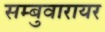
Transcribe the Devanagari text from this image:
सम्बुवारायर